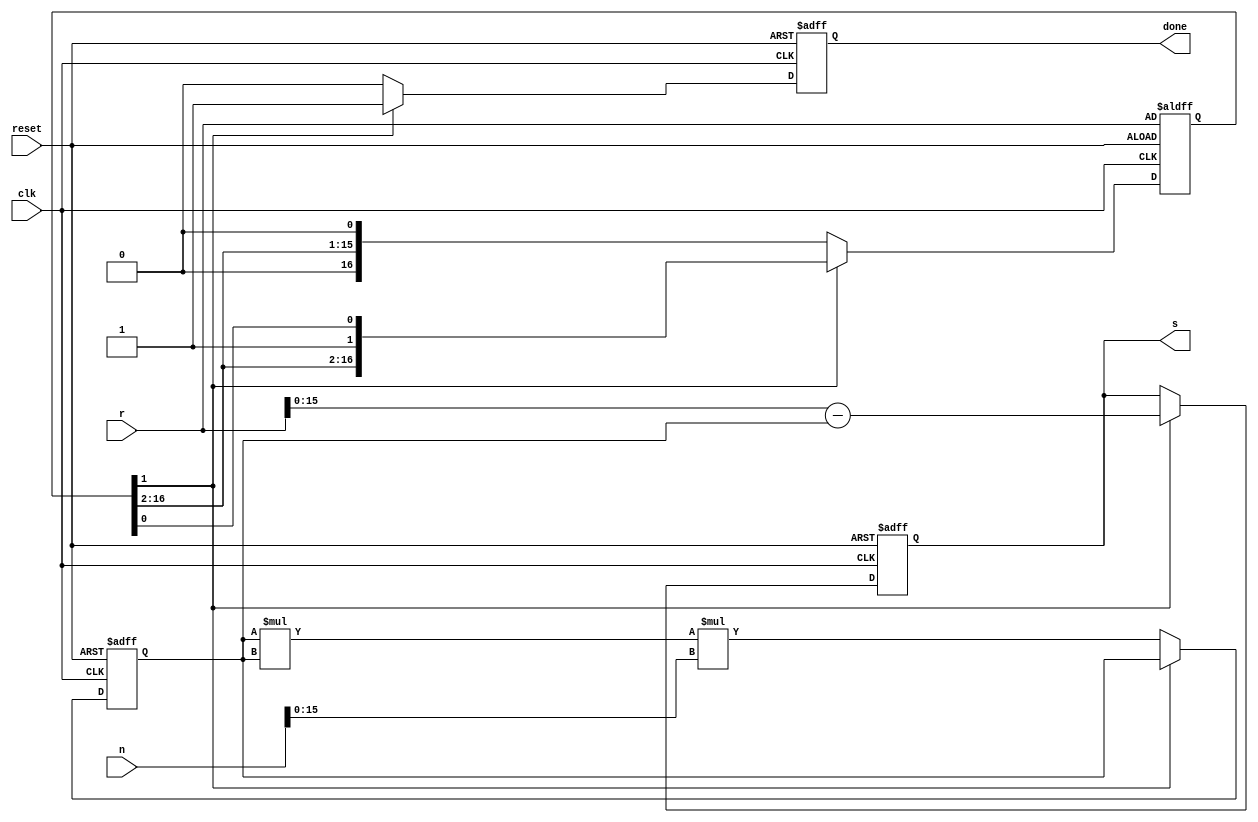
`timescale 1ns / 1ps
//////////////////////////////////////////////////////////////////////////////////
// Company: 
// Engineer: 
// 
// Design Name: 
// Module Name: inverse
// Project Name: 
// Target Devices: 
// Tool Versions: 
// Description: 
// 
// Dependencies: 
// 
// Revision:
// Revision 0.01 - File Created
// Additional Comments:
// 
//////////////////////////////////////////////////////////////////////////////////


module inverse #(parameter v = 16)(
    input   wire    clk,
    input   wire    reset,
    input   wire    [255:0]n,
    input   wire    [v:0]r,
    output  reg     [v-1:0]s,           // s = - n ^ -1 mod r
    output  reg     done
);
    reg [v-1:0]temp;
    reg [v:0]rv;
    
    always@(posedge clk or negedge reset)begin
        if(~reset)begin
            rv <= r;
        end
        else if(~rv[1])begin
            rv <= {1'b0, rv[v:1]};
        end
        else begin
            rv = rv;
        end
    end
    
    always@(posedge clk or negedge reset)begin
        if(~reset)begin
            temp <= 1;
        end
        else if(~rv[1])begin
            temp <= temp * temp * n[v-1:0];
        end 
        else begin
            temp <= temp;
        end
    end
    
    always@(posedge clk or negedge reset)begin
        if(~reset)begin
            s <= 0;
        end
        else if(rv[1])begin
            s <= r - temp;                // ~temp & (r - 1) + 1
        end
    end
    
    always@(posedge clk or negedge reset)begin
        if(~reset)begin
            done <= 0;
        end
        else if(rv[1])begin
            done <= 1;
        end
        else begin
            done <= 0;
        end
    end
    
endmodule